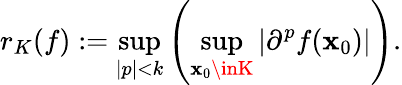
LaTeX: r_{K}(f):=\operatorname*{sup}_{|p|<k}\left(\operatorname*{sup}_{\mathbf{x}_{0}\inK}\left|\partial^{p}f(\mathbf{x}_{0})\right|\right).